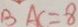
B A C = 8